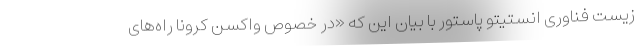
زیست فناوری انستیتو پاستور با بیان این که «در خصوص واکسن کرونا راه‌های